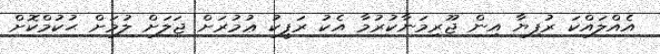
އެއްލައްކަ ރުފިޔާ އިން ޖޫރިމަނާކުރުމާ އެކު ރަފީކު ޢުމުރަށް ޖަލަށް ލުމަށް ޙުކުމްކޮށް